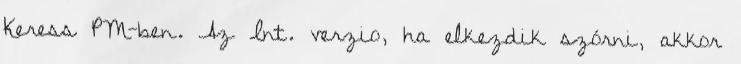
Keress PM-ben. Az Int. verzio, ha elkezdik szórni, akkor